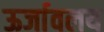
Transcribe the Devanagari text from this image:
ऊर्जावलय